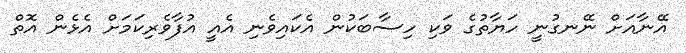
އޭނާއަށް ނޭނގުނީ ހަޔާތުގެ ވަކި ހިސާބަކުން އެކައިވެނި އެއީ އުފާވެރިކަމަށް އެޅެން އޮތް